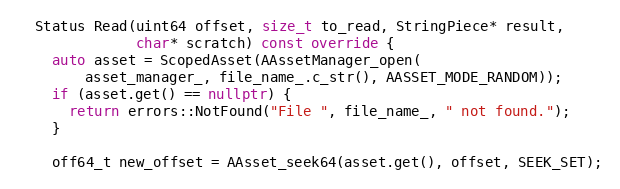
Language: C++
  Status Read(uint64 offset, size_t to_read, StringPiece* result,
              char* scratch) const override {
    auto asset = ScopedAsset(AAssetManager_open(
        asset_manager_, file_name_.c_str(), AASSET_MODE_RANDOM));
    if (asset.get() == nullptr) {
      return errors::NotFound("File ", file_name_, " not found.");
    }

    off64_t new_offset = AAsset_seek64(asset.get(), offset, SEEK_SET);